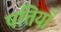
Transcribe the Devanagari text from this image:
पत्तियॉ